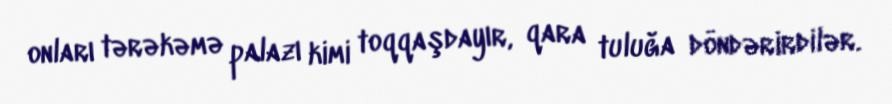
onları tərəkəmə palazı kimi toqqaşdayır, qara tuluğa döndərirdilər.